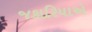
જકારિયાએ